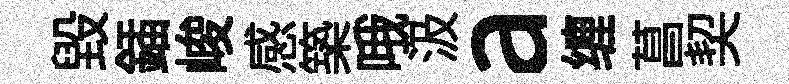
毀鍤峻感築哦汲a缠菖契